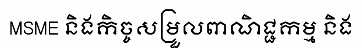
MSME និងកិច្ចសម្រួលពាណិជ្ជកម្ម និង